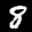
Label: 8